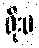
ရိုးမ